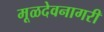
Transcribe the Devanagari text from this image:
मूळदेवनागरी